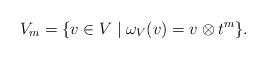
LaTeX: \begin{align*}V_m=\{v\in V\mid \omega_V (v)=v\otimes t^m\}.\end{align*}